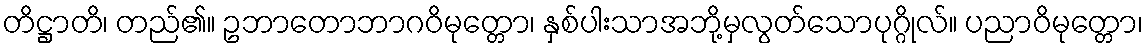
တိဋ္ဌာတိ၊ တည်၏။ ဥဘာတောဘာဂဝိမုတ္တော၊ နှစ်ပါးသာအဘို့မှလွတ်သောပုဂ္ဂိုလ်။ ပညာဝိမုတ္တော၊